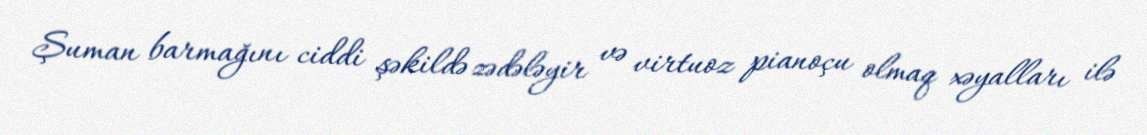
Şuman barmağını ciddi şəkildə zədələyir və virtuoz pianoçu olmaq xəyalları ilə